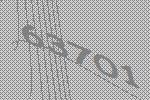
63701